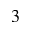
^ { 3 }